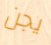
يجن